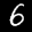
Label: 6